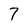
Character: 7